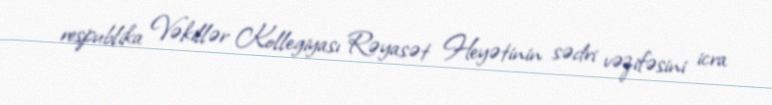
respublika Vəkillər Kollegiyası Rəyasət Heyətinin sədri vəzifəsini icra